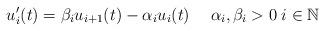
LaTeX: \begin{align*}u_i'(t)=\beta_iu_{i+1}(t)-\alpha_i u_i(t) \quad\; \alpha_i,\beta_i>0\; i\in\mathbb{N}\end{align*}